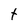
Character: t